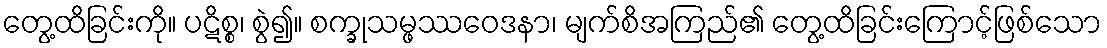
တွေ့ထိခြင်းကို။ ပဋိစ္စ၊ စွဲ၍။ စက္ခုသမ္ဖဿဝေဒနာ၊ မျက်စိအကြည်၏ တွေ့ထိခြင်းကြောင့်ဖြစ်သော